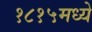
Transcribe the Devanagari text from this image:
१८१५मध्ये